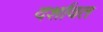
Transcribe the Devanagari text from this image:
दर्शावत